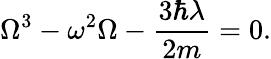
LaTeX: \Omega^{3}-\omega^{2}\Omega-\frac{3\hbar\lambda}{2m}=0.